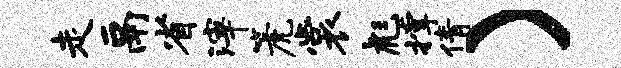
走鬲省滓篪裳彪撑倩）